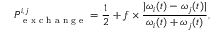
P _ { \textrm { e x c h a n g e } } ^ { i , j } = \frac { 1 } { 2 } + f \times \frac { | \omega _ { i } ( t ) - \omega _ { j } ( t ) | } { \omega _ { i } ( t ) + \omega _ { j } ( t ) } ,